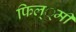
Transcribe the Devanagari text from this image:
फिल््मी